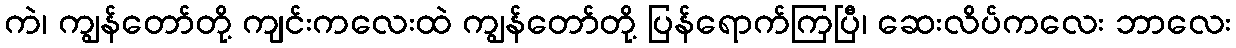
ကဲ၊ ကျွန်တော်တို့ ကျင်းကလေးထဲ ကျွန်တော်တို့ ပြန်ရောက်ကြပြီ၊ ဆေးလိပ်ကလေး ဘာလေး